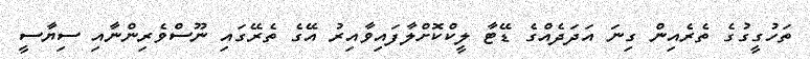
ތަހުގީގުގެ ތެރެއިން ގިނަ އަދަދެއްގެ ޑޭޓާ ލީކްކޮށްލާފައިވާއިރު އޭގެ ތެރޭގައި ނޫސްވެރިންނާއި ސިޔާސީ